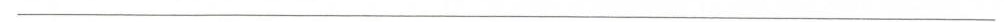
___